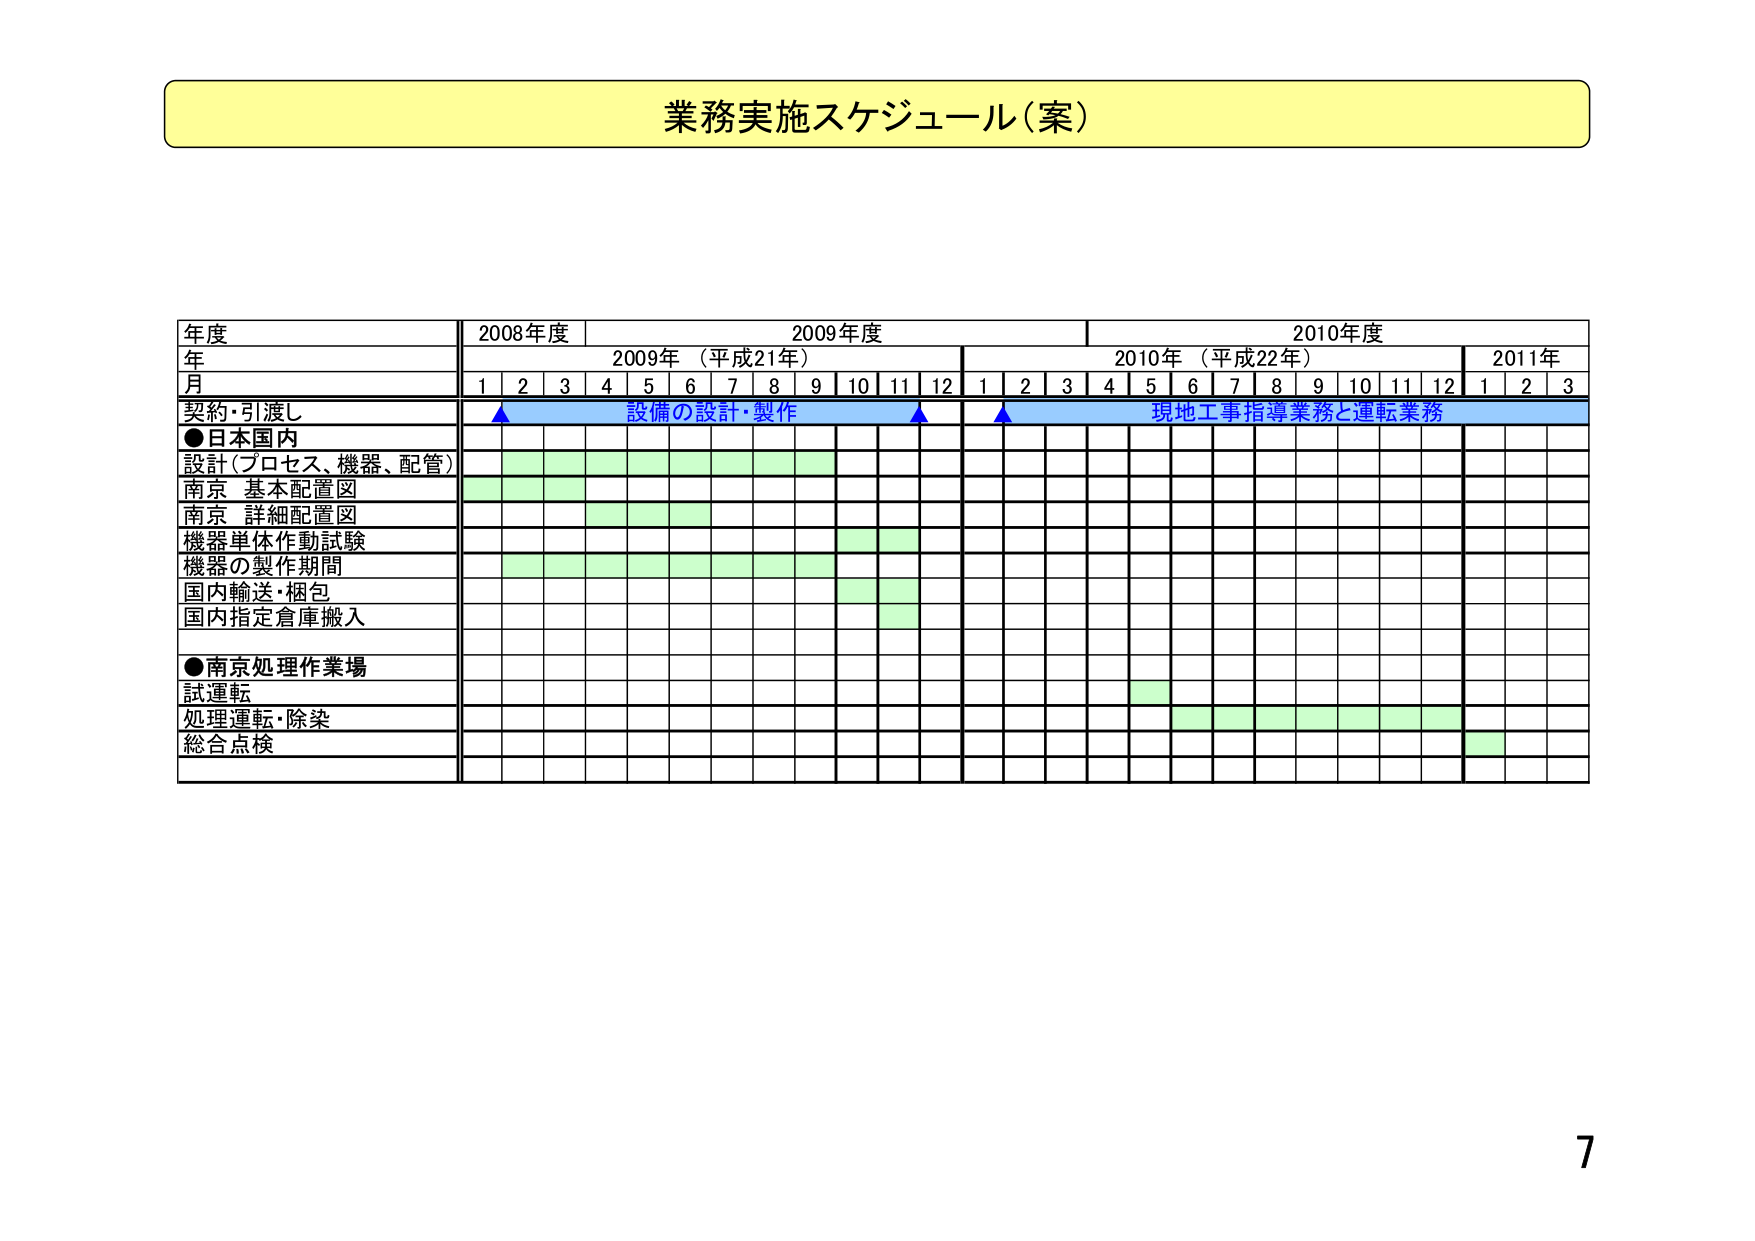
業務実施スケジュール（案）

年度
年
月
契約・引渡し
●日本国内
設計（プロセス、機器、配管）
南京 基本配置図
南京 詳細配置図
機器単体作動試験
機器の製作期間
国内輸送・梱包
国内指定倉庫搬入
●南京処理作業場
試運転
処理運転・除染
総合点検

2008年度
2009年度
2010年度

2009年（平成21年）
2010年（平成22年）
2011年

1 2 3 4 5 6 7 8 9 10 11 12 1 2 3 4 5 6 7 8 9 10 11 12 1 2 3

設備の設計・製作
現地工事指導業務と運転業務

7